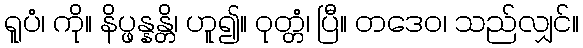
ရူပံ၊ ကို။ နိပ္ဖန္နန္တိ၊ ဟူ၍။ ဝုတ္တံ၊ ပြီ။ တဒေဝ၊ သည်လျှင်။